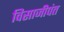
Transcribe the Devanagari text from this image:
विसाजीपंत